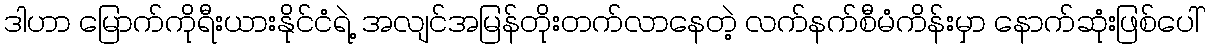
ဒါဟာ မြောက်ကိုရီးယားနိုင်ငံရဲ့ အလျင်အမြန်တိုးတက်လာနေတဲ့ လက်နက်စီမံကိန်းမှာ နောက်ဆုံးဖြစ်ပေါ်